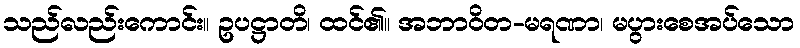
သည်လည်းကောင်း။ ဥပဋ္ဌာတိ၊ ထင်၏။ အဘာဝိတ-မရဏာ၊ မပွားစေအပ်သော